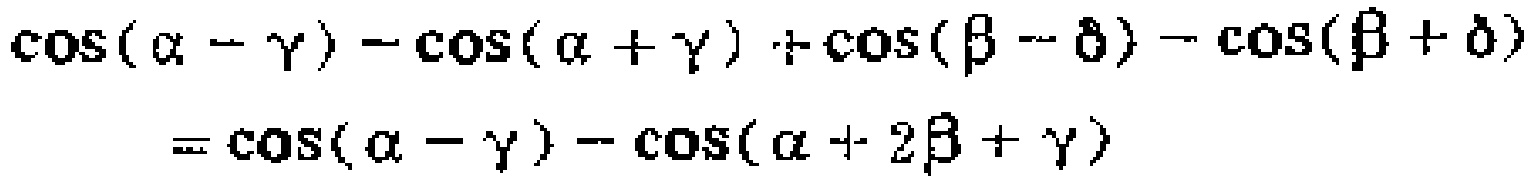
\(\cos(\alpha - \gamma) - \cos(\alpha + \gamma) + \cos(\beta - \delta) - \cos(\beta + \delta)=\cos(\alpha - \gamma) - \cos(\alpha + 2\beta + \gamma)\)